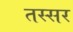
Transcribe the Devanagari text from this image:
तस्सर